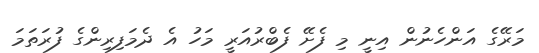
މަރޭގެ އަންހެނުން އިނީ މި ފެށޭ ފެބްރުއަރީ މަހު އެ ދެމަފިރިންގެ ފުރަތަމަ